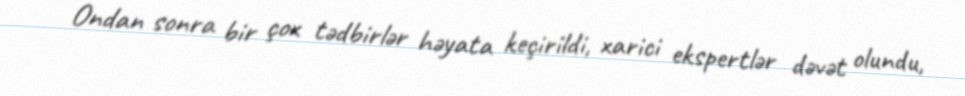
Ondan sonra bir çox tədbirlər həyata keçirildi, xarici ekspertlər dəvət olundu,